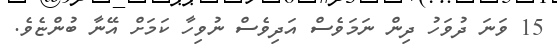
15 ވަނަ ދުވަހު ދިން ނަމަވެސް އަދިވެސް ނުވިހާ ކަމަށް އޭނާ ބުންޏެވެ.